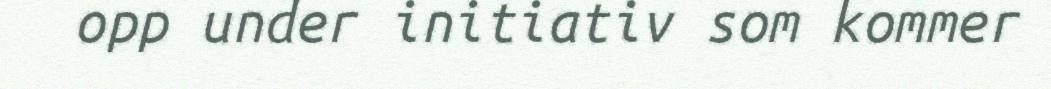
opp under initiativ som kommer